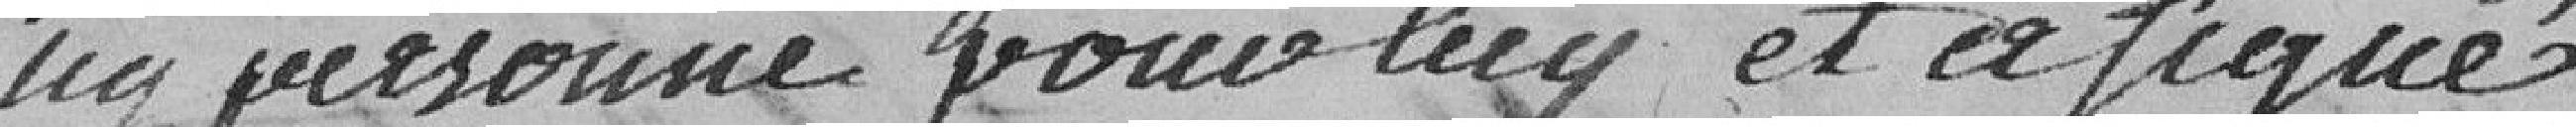
ni personne pour lui et a fiques